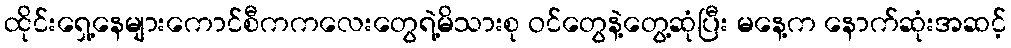
ထိုင်းရှေ့နေများကောင်စီကကလေးတွေရဲ့မိသားစု ဝင်တွေနဲ့တွေ့ဆုံပြီး မနေ့က နောက်ဆုံးအဆင့်